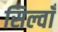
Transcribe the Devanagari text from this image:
सिल्वाँ